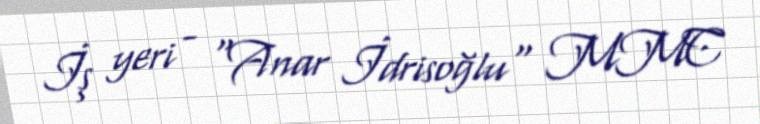
İş yeri - "Anar İdrisoğlu" MMC